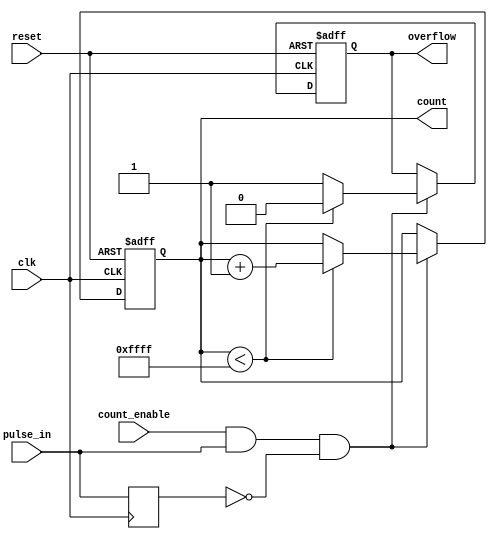
module pulse_counter (
    input wire clk,               // Clock signal
    input wire reset,             // Reset signal
    input wire pulse_in,          // Pulse input signal
    input wire count_enable,       // Count enable signal
    output reg [15:0] count,      // 16-bit count output
    output reg overflow           // Overflow flag
);

    // Parameters
    parameter MAX_COUNT = 16'hFFFF; // Maximum count value (16-bit)

    // Internal signal to detect rising edge of pulse_in
    reg pulse_in_d; // Delayed pulse_in for edge detection

    // Edge detection for pulse_in
    always @(posedge clk) begin
        pulse_in_d <= pulse_in;
    end

    // Counting logic
    always @(posedge clk or posedge reset) begin
        if (reset) begin
            count <= 16'b0;        // Reset count to zero
            overflow <= 1'b0;      // Clear overflow flag
        end else if (count_enable && pulse_in && !pulse_in_d) begin
            if (count < MAX_COUNT) begin
                count <= count + 1; // Increment count
                overflow <= 1'b0;    // Clear overflow flag
            end else begin
                overflow <= 1'b1;    // Set overflow flag
            end
        end
    end

endmodule